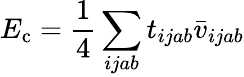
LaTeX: E_{\mathrm{c}}=\frac{1}{4}\sum_{ijab}t_{ijab}\bar{v}_{ijab}